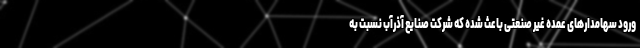
ورود سهامدارهای عمده غیر صنعتی باعث شده که شرکت صنایع آذرآب نسبت به